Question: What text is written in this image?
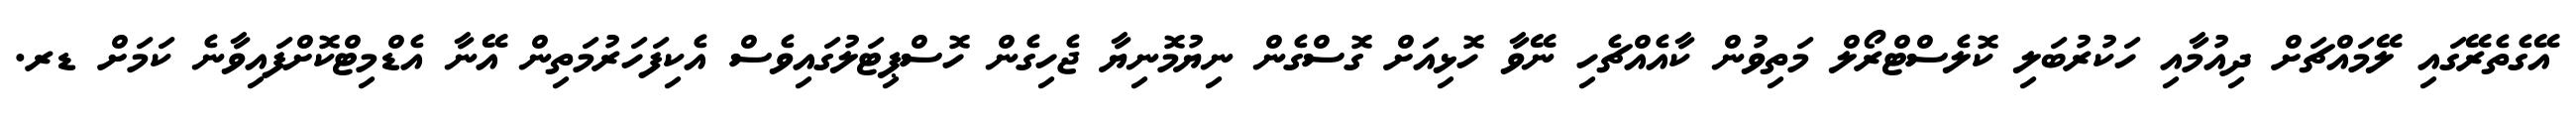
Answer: އޭގެތެރޭގައި ލޭމައްޗަށް ދިއުމާއި ހަކުރުބަލި ކޮލެސްޓްރޯލް މަތިވުން ކާއެއްޗެހި ނޭވާ ހޮޅިއަށް ގޮސްގެން ނިޔުމޮނިޔާ ޖެހިގެން ހޮސްޕިޓަލުގައިވެސް އެކިފަހަރުމަތިން އޭނާ އެޑްމިޓްކޮށްފައިވާނެ ކަމަށް ޑރ.